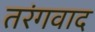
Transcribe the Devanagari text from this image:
तरंगवाद